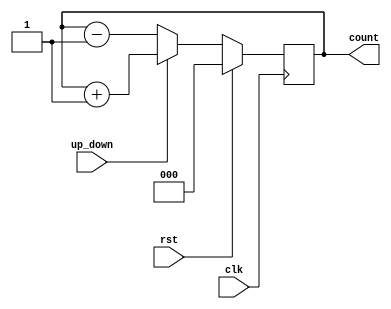
module up_downcounter(clk,rst,up_down,count);
input clk,rst,up_down;
output reg [2:0]count;
always@(posedge clk)begin
	if(rst) count=0;
	else begin
		if(up_down) begin

			count=count+1;
		end
		else begin
			count=count-1;
		end
	end
end
endmodule